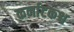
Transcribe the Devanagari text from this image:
कर्नाटकश्च